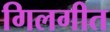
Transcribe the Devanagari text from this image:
गिलगीत